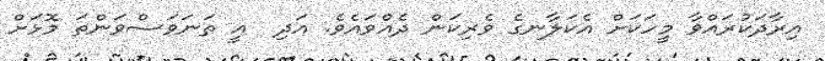
އިރާދަކުރައްވާ މީހަކަށް އެކަލާނގެ ވެރިކަން ދެއްވައެވެ. އަދި  އީ ތަނަވަސްވަންތަ މޮޅަށް